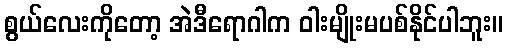
စွယ်လေးကိုတော့ အဲဒီရောဂါက ဝါးမျိုးမပစ်နိုင်ပါဘူး။